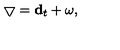
\bigtriangledown = { \bf d } _ { t } + \omega ,